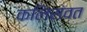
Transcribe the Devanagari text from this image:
कलिसंवत